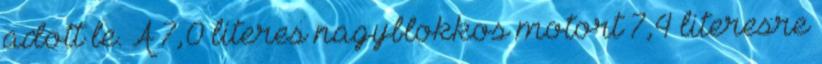
adott le. A 7,0 literes nagyblokkos motort 7,4 literesre